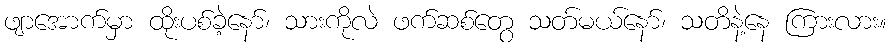
ဖျာအောက်မှာ ထိုးပစ်ခဲ့နော်၊ သားကိုလဲ ဖက်ဆစ်တွေ သတ်မယ်နော်၊ သတိနဲ့နေ ကြားလား။